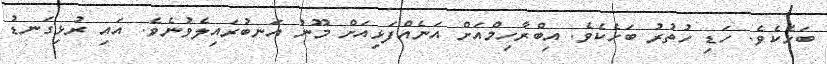
ބަހެކެވެ. ހަޑި ހުތުރު ބަހެކެވެ. އިބްރާހިމްއަށް އަނެއްފަޅިއަށް މޫނު އަނބުރައިލެވުނެވެ. އައި ރުޅިގަނޑު